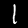
Label: 1